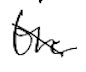
Text: the
Cross-out: diagonal
Writing tool: digital_black